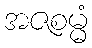
အဇစမ္မံ